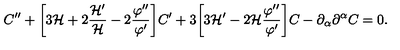
C ^ { \prime \prime } + \biggl [ 3 { \cal H } + 2 \frac { { \cal H } ^ { \prime } } { \cal H } - 2 \frac { \varphi ^ { \prime \prime } } { \varphi ^ { \prime } } \biggr ] C ^ { \prime } + 3 \biggl [ 3 { \cal H } ^ { \prime } - 2 { \cal H } \frac { \varphi ^ { \prime \prime } } { \varphi ^ { \prime } } \biggr ] C - \partial _ { \alpha } \partial ^ { \alpha } C = 0 .